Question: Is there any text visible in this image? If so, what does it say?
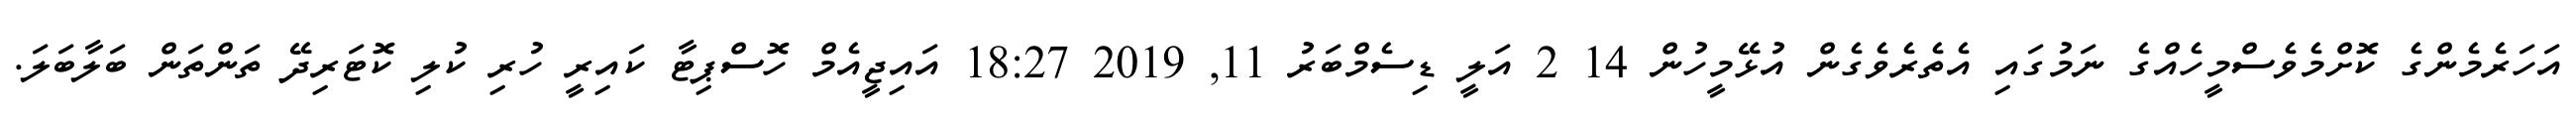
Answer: އަހަރެމެންގެ ކޮށްމެވެސްމީހެއްގެ ނަމުގައި އެތެރެވެގެން އުޅޭމީހުން 14 2 އަލީ ޑިސެމްބަރު 11, 2019 18:27 އައިޖީއެމް ހޮސްޕިޓާ ކައިރީ ހުރި ކުލި ކޮޓަރިދޭ ތަންތަން ބަލާބަލަ.